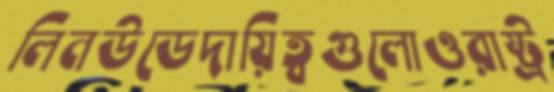
লিনউডেদায়িত্বগুলোওরাষ্ট্র